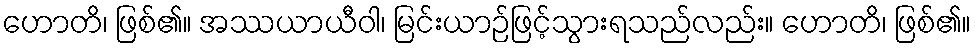
ဟောတိ၊ ဖြစ်၏။ အဿယာယီဝါ၊ မြင်းယာဉ်ဖြင့်သွားရသည်လည်း။ ဟောတိ၊ ဖြစ်၏။